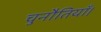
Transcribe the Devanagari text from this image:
चुनौतियाँ।